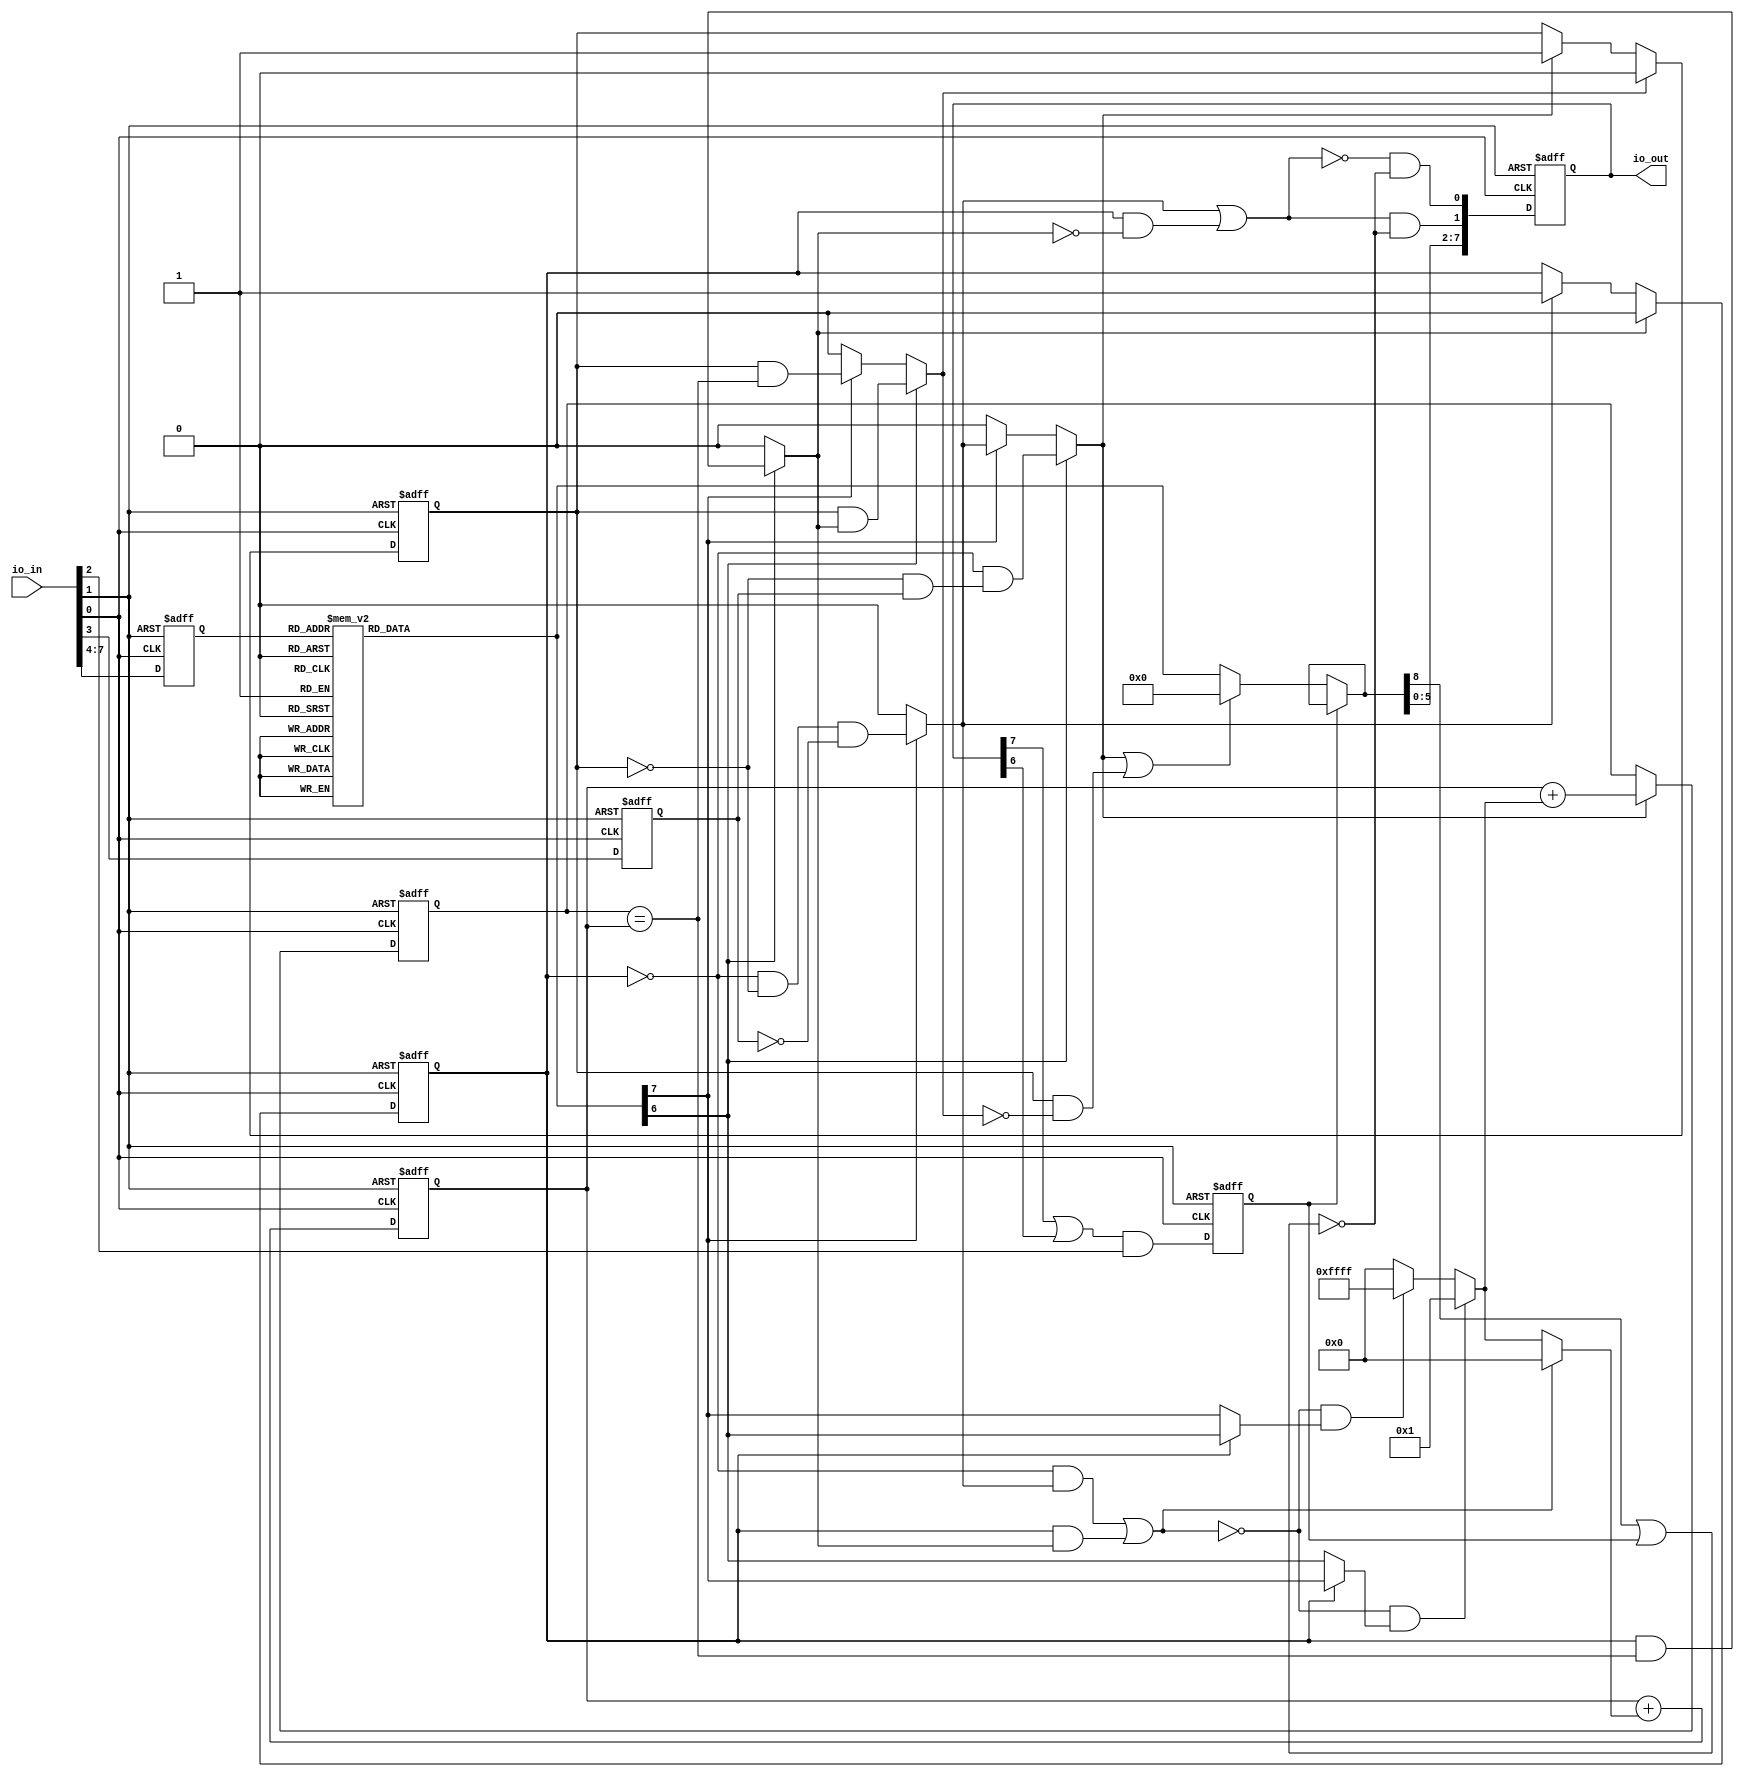
module xyz_peppergray_Potato1_top(
  input [7:0] io_in,
  output [7:0] io_out
);

  localparam INSTR_WITH   = 4;
  localparam INSTR_NUM    = 9;
  localparam CNTRL_WITH   = 9;
  localparam CMD_WITH     = 8;
  localparam LOOPCTR_WITH = 16;

  localparam CTRL_X_INC  = 0;
  localparam CTRL_X_DEC  = 1;
  localparam CTRL_A_INC  = 2;
  localparam CTRL_A_DEC  = 3;
  localparam CTRL_PUT    = 4;
  localparam CTRL_GET    = 5;
  localparam CTRL_LOOP   = 6;
  localparam CTRL_DONE   = 7;
  localparam CTRL_HALT   = 8;

  localparam X_PC_INC  = 0;
  localparam X_PC_DEC  = 1;

  localparam CMD_OFFSET = 2;

  wire Clock   = io_in[0];
  wire Reset_n = io_in[1];

  reg ZeroFlag;
  reg IOWait;
  reg [INSTR_WITH-1:0] Instruction;

  /* Input */  
  always @(posedge Clock or negedge Reset_n) begin
    if(~Reset_n) begin
      Instruction <= 4'b1111; /* Halt */
      ZeroFlag    <= 0;
      IOWait      <= 0;
    end
    else begin
      Instruction <= io_in[7:4];
      ZeroFlag    <= io_in[3];
      IOWait      <= (IOActivity && io_in[2]);
    end
  end

  /* Instruction Decode */  
  reg [INSTR_NUM-1:0] MicroInstruction;
  
  always @ * begin
    case(Instruction)
      4'b0000: begin MicroInstruction <= (1 << CTRL_X_INC); end
      4'b0001: begin MicroInstruction <= (1 << CTRL_X_DEC); end
      4'b0010: begin MicroInstruction <= (1 << CTRL_A_INC); end
      4'b0011: begin MicroInstruction <= (1 << CTRL_A_DEC); end
      4'b0100: begin MicroInstruction <= (1 << CTRL_PUT);   end
      4'b0101: begin MicroInstruction <= (1 << CTRL_GET);   end
      4'b0110: begin MicroInstruction <= (1 << CTRL_LOOP);  end
      4'b0111: begin MicroInstruction <= (1 << CTRL_DONE);  end
      4'b1111: begin MicroInstruction <= (1 << CTRL_HALT);  end
      default: begin MicroInstruction <= 0; /* CTRL_NOP */  end
    endcase
  end

  /* Loop Control */
  reg reverse;
  reg skipCmd;  
  wire Reverse = setReverse | (reverse & ~clrReverse);
  wire SkipCmd = setSkipCmd | (skipCmd & ~clrSkipCmd);

  wire Loop = MicroInstruction[CTRL_LOOP];
  wire Done = MicroInstruction[CTRL_DONE];

  wire setSkipCmd_L =!reverse && !skipCmd & ZeroFlag;
  wire clrReverse_L = reverse && markMatch;
  wire clrSkipCmd_L = skipCmd && clrReverse;

  wire setReverse_D = !reverse && !skipCmd && !ZeroFlag;
  wire setSkipCmd_D = setReverse;
  wire clrSkipCmd_D = skipCmd && markMatch;

  wire setSkipCmd = Loop ? setSkipCmd_L : Done ? setSkipCmd_D : 0;
  wire clrSkipCmd = Loop ? clrSkipCmd_L : Done ? clrSkipCmd_D : 0;
  wire setReverse = Done ? setReverse_D : 0;
  wire clrReverse = Loop ? clrReverse_L : 0;

  wire Count = !((!reverse && setReverse) || (reverse && clrReverse));
  wire Up    = Count && (reverse ? Done : Loop);
  wire Down  = Count && (reverse ? Loop : Done);
  wire Store = setSkipCmd;
  
  reg [LOOPCTR_WITH-1:0] LoopCounter;
  reg [LOOPCTR_WITH-1:0] LoopJmpMark;
  wire markMatch     = (LoopJmpMark == LoopCounter);

  always @(negedge Clock or negedge Reset_n) begin
    if(~Reset_n) begin
      LoopCounter <= 0;
      LoopJmpMark <= 0;
      reverse     <= 0;
      skipCmd     <= 0;
    end
    else begin
      LoopCounter <= LoopCounter + (Count ? (Up ? 1 : Down ? -1 : 0) : 0);
      LoopJmpMark <= (Store ? LoopCounter + (Up ? 1 : Down ? -1 : 0) : LoopJmpMark);
      reverse     <= clrReverse ? 0 : setReverse ? 1 : reverse;
      skipCmd     <= clrSkipCmd ? 0 : setSkipCmd ? 1 : skipCmd;
    end
  end

  /* Execution Control */
  reg [CNTRL_WITH-1:0] Control;
  
  always @ * begin
    Control = IOWait ? Control : SkipCmd ? 0 : MicroInstruction;
  end

  /* ProgramCounter */
  wire [1:0] Control_PC;
    
  assign Control_PC[X_PC_INC] = ~Reverse & ~(Control[CTRL_HALT] | IOWait);
  assign Control_PC[X_PC_DEC] =  Reverse & ~(Control[CTRL_HALT] | IOWait);

  /* Output */
  reg [CMD_WITH-1:0] Command;
  assign io_out = Command;

  wire IOActivity = (Command[CMD_OFFSET + CTRL_GET] || Command[CMD_OFFSET + CTRL_PUT]);

  always @(negedge Clock or negedge Reset_n) begin
    if(~Reset_n) begin
      Command <= 0;
    end
    else begin
      Command <= { Control[5:0], Control_PC[1:0]};
    end
  end

endmodule